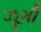
ઝૂમી